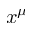
x ^ { \mu }